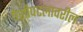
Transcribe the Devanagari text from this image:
पेशीपटलावरील